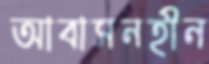
আবাসনহীন